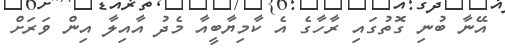
އޭނާ ބުނި ގޮތުގައި ރާހާގެ އެ ކާމިޔާބީއާ މެދު އާއިލާ އިން ވަރަށް